Vital statistics of India. Vol. V, Reports of 1876 on armies & jails and on epidemic cholera
Year: 1876
Disease focus: Cholera
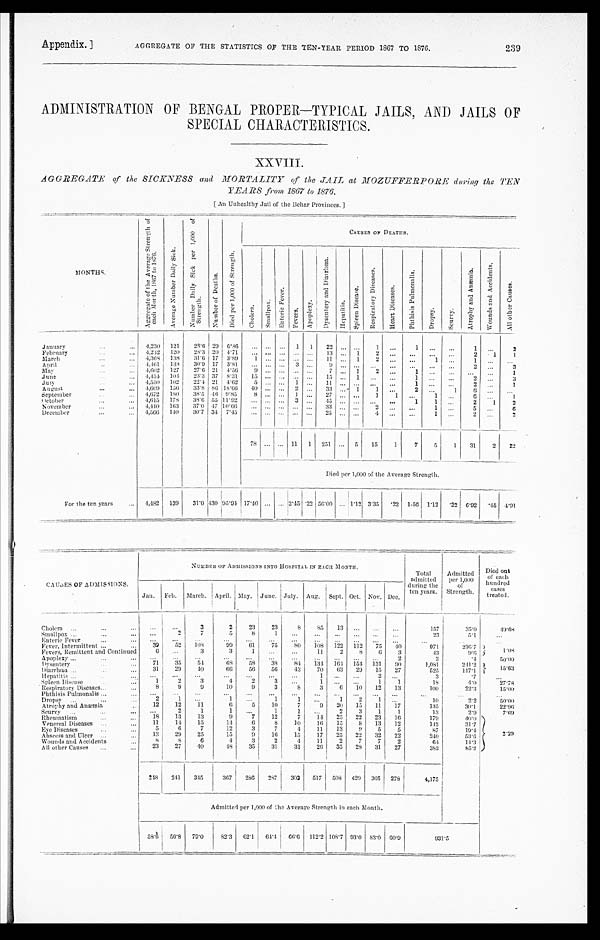
Appendix. ]
AGGREGATE OF THE STATISTICS OF THE TEN-YEAR PERIOD 1867 TO 1876.
2 3 9
ADMINISTRATION OF BENGAL PROPER—TYPICAL JAILS, AND JAILS OF
SPECIAL CHARACTERISTICS.
AGGREGATE of the SICKNESS and MORTALITY of the JAIL at MOZUFFERPORE during thee TEN
YEARS from 1867 to 1876.
[
An Unhealthy Jail of the Behar Provinces.]
MONTHS.
A g g r e g a t e o f t h e A v e r a g e S t r e n g t h o f e a c h M o n t h , 1 8 6 7 t o 1 8 7 6 .
A v e r a g e N u m b e r D a i l y S i c k .
N u mb e r D a i l y S i c k p e r 1 , 0 0 0 o f S t r e n g t h .
N u m b e r o f D e a t h s .
D i e d p e r 1 , 0 0 0 o f S t r e n g t h .
C A U S E S O F D E A T H S .
C h o l e r a .
S ma l l p o x .
E n t e r i c F e v e r .
Fever s .
A p o p l e x y .
D y s e n t e r y a n d D i a r r h œ a .
He p a t i t i s .
S p l e e n D i s e a s e .
R e s p i r a t o r y D i s e a s e s .
H e a r t D i s e a s e s .
P h t h i s i s P u l m o n a l i s .
Dropsy.
S c u r v y .
A t r o p h y a n d A n æ m i s .
W o u n d s a n d A c c i d e n t s .
A l l o t h e r C a u s e s .
January
4, 230 121
2 8 · 6 2 9
6 · 8 6
...
... ... 1 1
2 2 ... ...
1
... 1 ... ...
1
...
2
February
4, 242 120
2 8 · 3 2 0
4 · 7 1 ... ... ... ... ... 13 ... 1 2 ... ... ... ...
2
1
1
March
4, 368 138
3 1 · 6 1 7
3 · 8 9 1 ... ... ... ...
1 1 ... 1 2
. ... ...
1 ... 1
... ...
April
4, 461 138
3 0 · 9 1 7
3 · 8 1 ... ... ... 3 ... 9
... ... ...
... ... ...
. . . 2
...
3
M a y
4, 602 127
2 7 · 6 2 1
4 · 5 6 9 ... ... ... ...
7 ... 1 2
... 1 ... ... ...
...
1
J u n e
4, 454 104
2 3 · 3 3 7
8 · 3 1 15 ... ... ... ...
1 5 ... 1 ...
... 1 ... ...
2 ...
3
J u l y
4, 550 102
2 2 · 4 2 1
4 · 6 2 5 ... ... 1 ... 11 ... ... ...
... 1
... ...
2 ...
1
August
4, 609 156
3 3 · 8 8 6
1 8 · 6 6 40 ... ... 2 ...
3 3 ... 1 1
. . . 2
...
1
6 ... ...
September
4, 672 180
3 8 · 5 4 6
9 · 8 5 8
... ... 1 ... 27 ... ...
1 1 ...
1
. . . 6
...
1
October
4, 615 178
3 8 · 6 5 5
1 1 · 9 2 ... ... ... 3 ... 45 ... ... ... ... 1
1 ...
2 1
2
November
4, 410 163
3 7 · 0 4 7
1 0 · 6 6 ... ... ... ... ...
3 3 ... ... 2 ... ...
1 . . . 5
...
6
December
4, 566 140
3 0 · 7 3 4
7 · 4 5 ... ... ... ... ...
2 5 ... ... 4 ... ...
1 . . .
2 ...
2
78 ... ... 11 1 251 ... 5 15
1
7 5
1 31
2 22
Died per 1,000 of the Average Strength.
For the ten years
4,482 139 31·0
4 3 0
9 5 · 9 4
1 7 · 4 0 ... ... 2·45 ·22 56·00
. . .
1 · 1 2 3·35
· 2 2 1·56 1·12
22
6·92
· 45 4 · 9 1
CAUSES OF ADMISSIONS.
NUMBER OF ADMISSIONS INTO HOSPITAL IN EACH MONTH.
Total
admitted
during the
ten years.
Admitted
per 1,000
o f
Strength.
Died out
o f e a c h
hundred
cases
treated.
Jan. Feb. March. April. May. June. July. Aug. Sept. Oct. Nov. Dec.
Cholera
. . .
. . .
3
2
23
23
8
85 13
. . .
. . .
...
1 5 7
3 5 · 0
49·68
Smallpox
...
2
7
5
8
1
...
...
...
. . .
. . . ...
23
5·1
. . .
Enteric Fever
. . . . . .
...
. . .
. . .
. . .
. . . ...
...
. . .
. . .
. . .
. . .
. . .
. . .
Fever, Intermittent
39
52 108
99 61
75
80 108 122 112
7 5
40
971
216·7 1 · 0 8
Fevers, Remittent and Continued
6
. . .
3
3
1
. . . ...
11
2
8
6
3
4 3
9·6
Apoplexy
. . .
. . .
. . .
. . .
...
...
...
. . .
. . .
. . . . . .
2
2
· 4
5 0 · 0 0
Dysent ery
71
3 5 54
68 58
38
84 134 164 154 131 90
1,081
241·2
1 5 · 6 3
Diarrhœa
31
29
40
66
56
56 43
70 63 29 15 27
525
117·1
Hepatitis
. . .
. . .
. . . ...
...
...
. . .
1
. . .
. . . 2
. . .
3
·7
. . .
Spleen Disease
1
2
3
4
2
3 ...
1
. . .
. . . 1
1
18
4·0
27·78
Respiratory Diseases
8
9
9
10
9
3
8
3
6
1 0 12 13
100
22·3
15·00
Phthisis Pulmonalis
. . .
. . .
. . .
...
. . .
. . .
. . .
. . . . . .
. . .
. . .
. . .
. . .
. . .
...
Dropsy
2
1
. . .
1
. . .
1
1 ...
1
2
1
. . .
10
2·2
50·00
Atrophy and Anæmia
12
12
11
6
5
10
7
9 20 15 11 17
135
30·1
22·96
Scurvy
...
2
1
1
. . .
1
1 ...
2
3
1
1
13
2·9
7 · 6 9
Rheumatism
18
13
13
9
7
12
7
14 25 22 23 16
179
40·0
2· 29
Venereal Diseases
11
14 15
14
6
8
10
16 15
8 13 12
142
31·7
Eye Diseases
5
6
7
12
3
7
4
11
13
9 5
5
87
19·4
A b s c e s s a n d U l c e r
13
29
25
15
9
16
15
17 25 22 32 22
240
53·6
Wounds and Accidents
8
8
6
4
3
2
4
11
2
7
7
2
64
14·3
All other Causes
23
2 7 40
48
35
31
31
26 35 28 31
27
382
85·2
248 241 345
367 286 287 303 517 508 429 366 278
4,175
Admitted per 1,000 of the Average Strength in each Month.
58·6 56·8 79·0
82·3 62·1 64·4 66·6 112·2 108·7 93·0 83·0 60·9
931·5